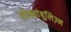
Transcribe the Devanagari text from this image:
सोम्नांबुलिज़्म